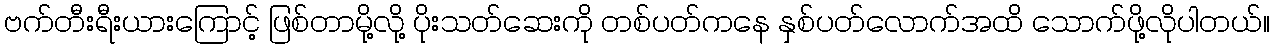
ဗက်တီးရီးယားကြောင့် ဖြစ်တာမို့လို့ ပိုးသတ်ဆေးကို တစ်ပတ်ကနေ နှစ်ပတ်လောက်အထိ သောက်ဖို့လိုပါတယ်။